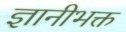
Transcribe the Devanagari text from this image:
ज्ञानीभक्त